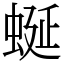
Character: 蜒